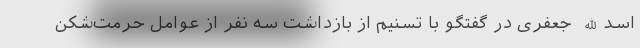
اسدالله جعفری در گفتگو با تسنیم از بازداشت سه نفر از عوامل حرمت‌شکن